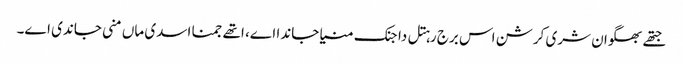
جتھے بھگوان شری کرشن اس برج رہتل دا جنک منیا جاندا اے، اتھے جمنا اسدی ماں منی جاندی اے۔